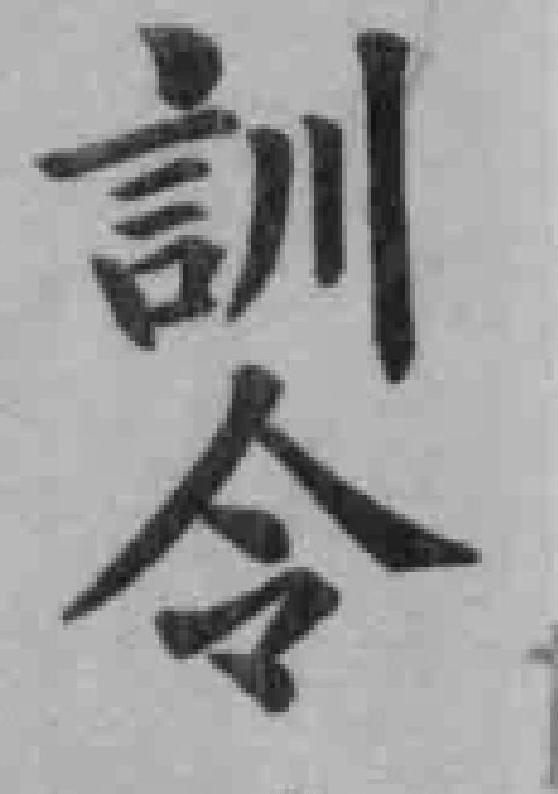
訓令